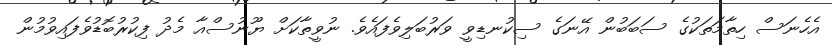
އެހެނަސް ހިތާމަތަކުގެ ސަބަބުން އޭނަގެ ސިކުނޑިވީ ވަރުބަލިވެފައެވެ. ނުވީތާކަށް ޔޫނުސްއާ މެދު ފިކުރުބޮޑުވެފައިވުމުން